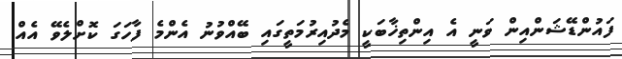
ފައުންޑޭޝަންއިން ވަނީ އެ އިންތިޚާބަކީ މެދުއިރުމަތީގައި ބޭއްވުނު އެންމެ ފާހަގަ ކޮށްލެވޭ އެއް